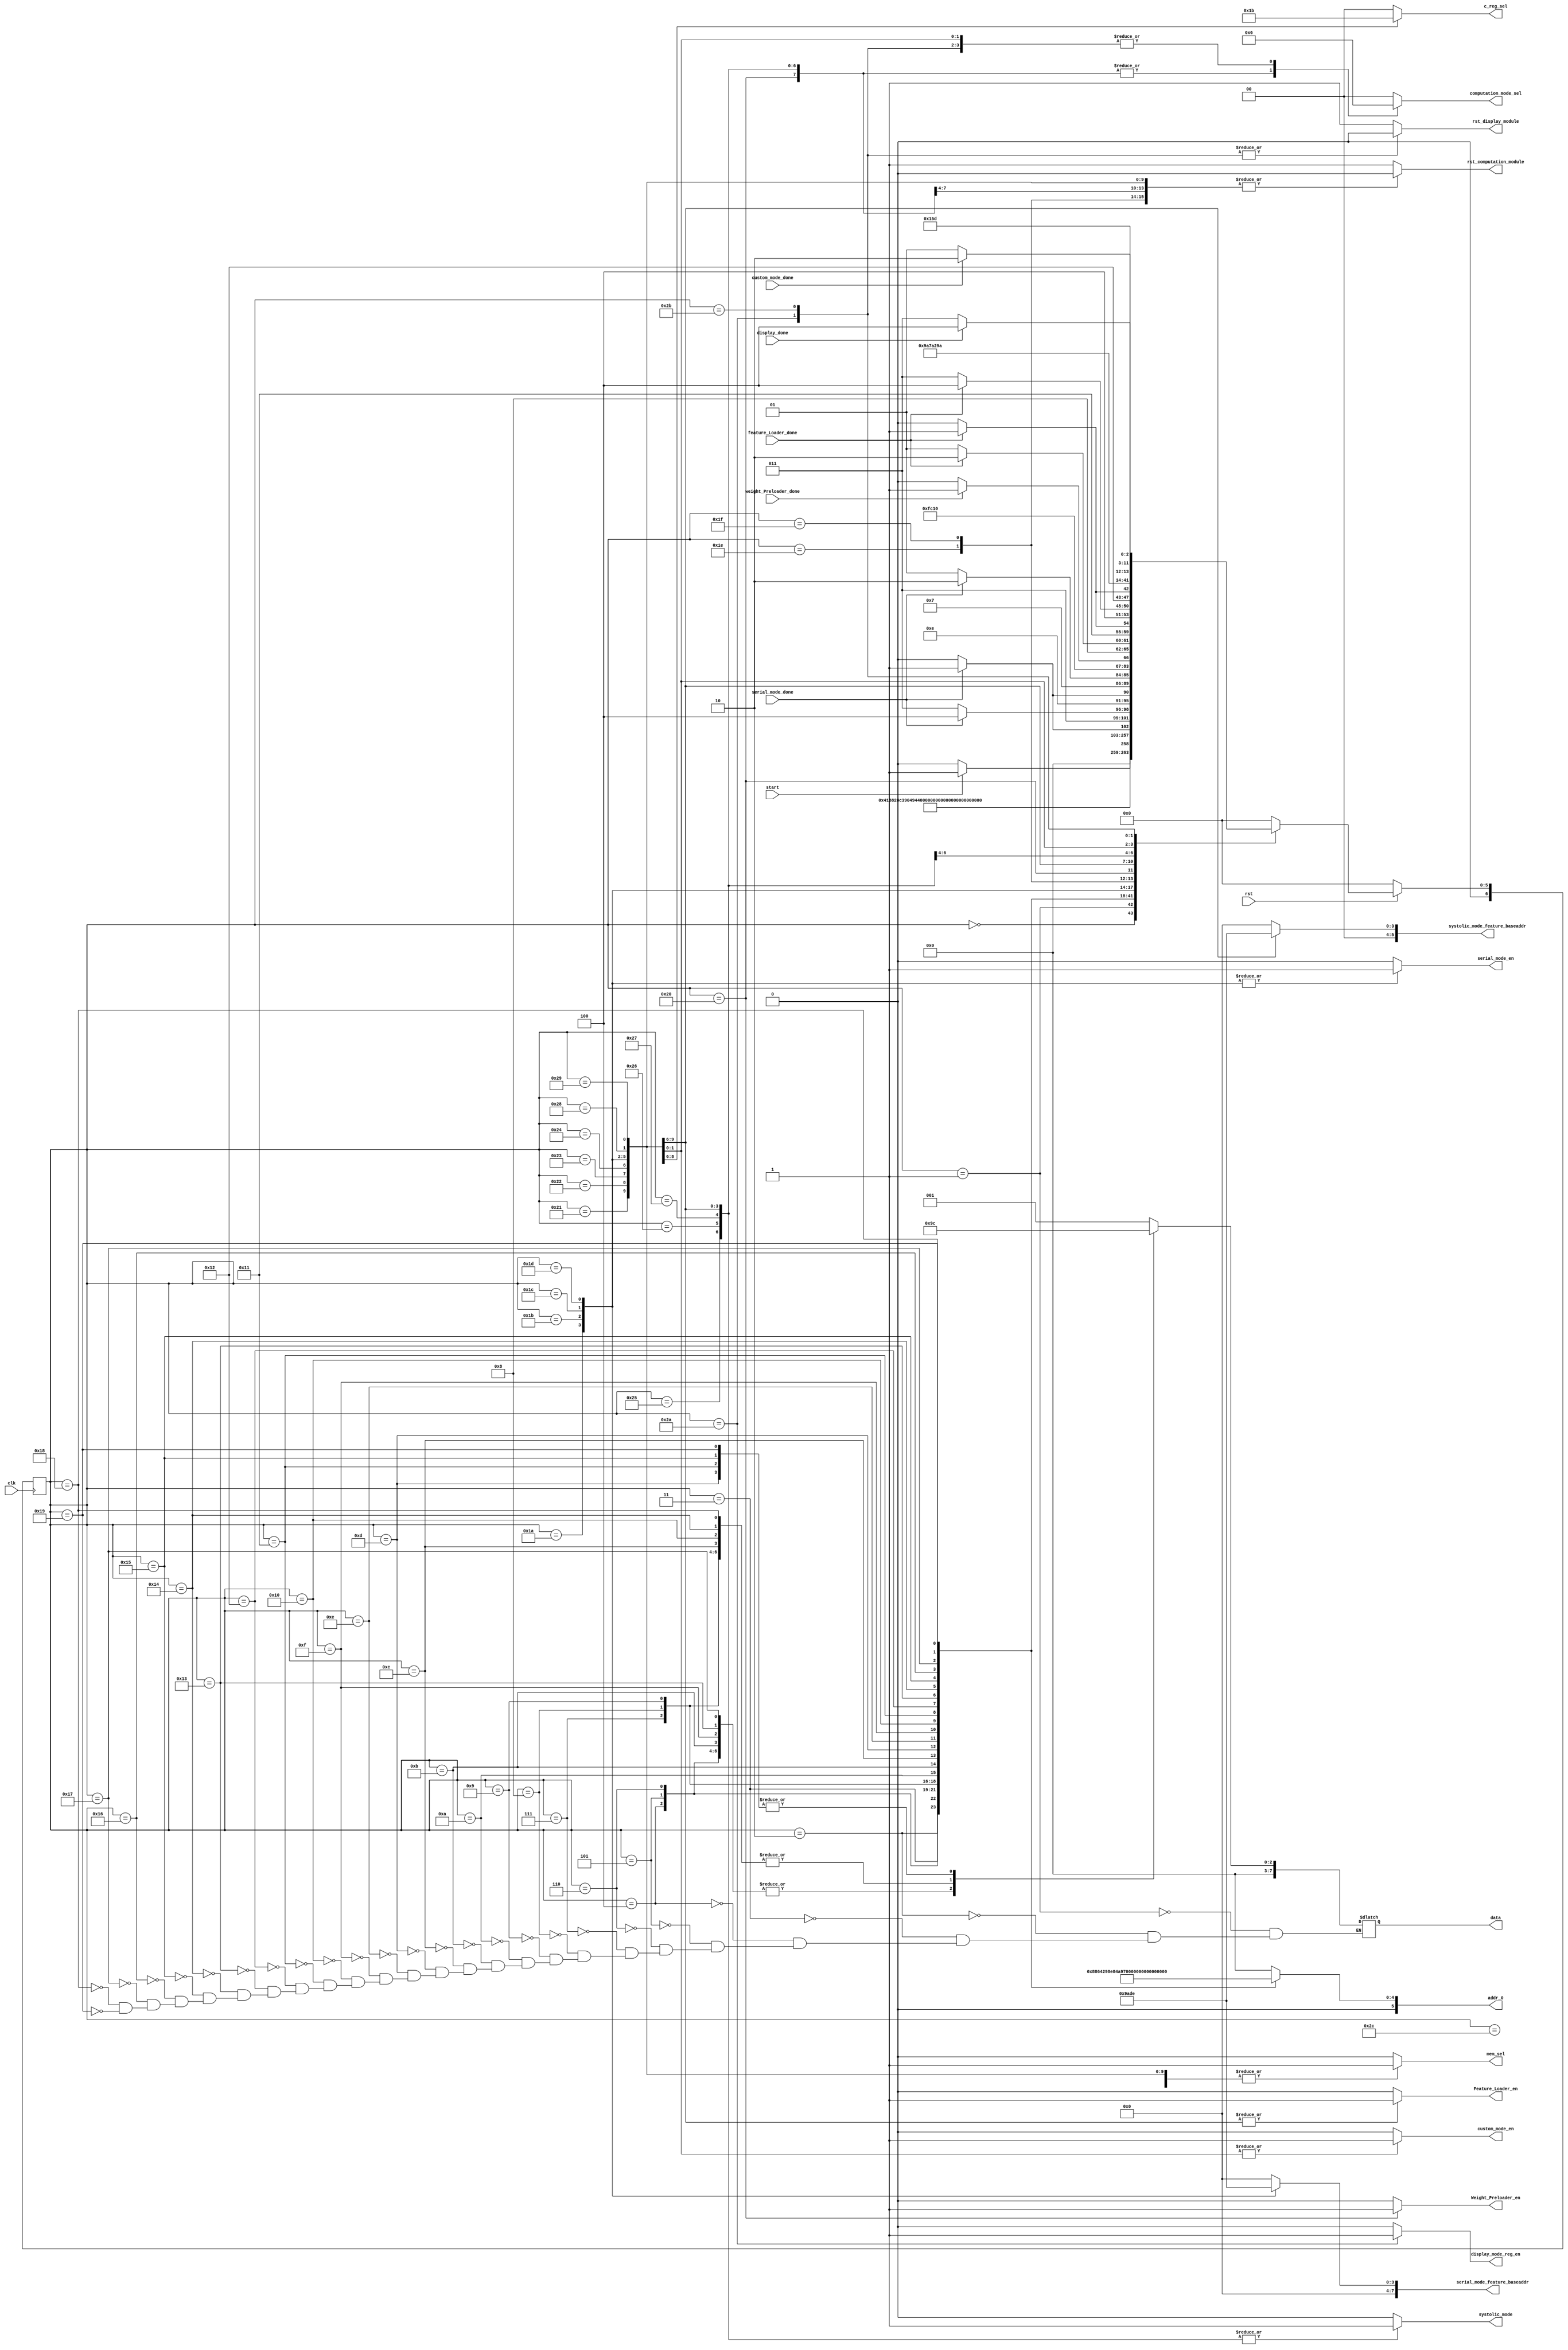
module Controller(
    input   clk,
    input   rst,
    input   start,  // start overall flow(initialize memory -> serial -> systolic -> custom -> display)
    
    // done signal
    input   serial_mode_done,
    input   weight_Preloader_done,
    input   feature_Loader_done,
    input   custom_mode_done,
    input   display_done,

    // rst signal
    output reg rst_computation_module,
    output reg rst_display_module,
    
    // data & addr 
    output reg [7:0] data,
    output reg [5:0] addr_0,

    // mem selct signal(controller || computation)
    output reg mem_sel, 
    
    // base address(refer serial&systolic data_loader report)
    output reg [7:0] serial_mode_feature_baseaddr,
    output reg [5:0] systolic_mode_feature_baseaddr,
    
    // enable select signal
    output reg serial_mode_en,
    output reg Weight_Preloader_en,
    output reg Feature_Loader_en,
    output reg custom_mode_en,
    output reg systolic_mode,   // weight perload or feature load
    output reg [1:0] c_reg_sel, // select c11 or c12 or c21 or c22 to store result
    output reg [1:0] computation_mode_sel,
    output reg display_mode_reg_en

);
    // input feature & weight value
    // (if you need checking activation with other user own value, modify these)
    
    // initialize feature input
    parameter a11 = 8'b0000_0001, a12 = 8'b0000_0010, a13 = 8'b0000_0011, a14 = 8'b0000_0100;
    parameter a21 = 8'b0000_0001, a22 = 8'b0000_0010, a23 = 8'b0000_0011, a24 = 8'b0000_0100;
    parameter a31 = 8'b0000_0001, a32 = 8'b0000_0010, a33 = 8'b0000_0011, a34 = 8'b0000_0100;
    parameter a41 = 8'b0000_0001, a42 = 8'b0000_0010, a43 = 8'b0000_0011, a44 = 8'b0000_0100;
    
    // initialize weight input
    parameter b11 = 8'b0000_0001, b12 = 8'b0000_0010, b13 = 8'b0000_0011;
    parameter b21 = 8'b0000_0001, b22 = 8'b0000_0010, b23 = 8'b0000_0011;
    parameter b31 = 8'b0000_0001, b32 = 8'b0000_0010, b33 = 8'b0000_0011;

    // state parameter 
    parameter S_RESET                           = 6'b00_0000;
    parameter S_MEM_INIT_0                      = 6'b00_0001;
    parameter S_MEM_INIT_1                      = 6'b00_0010;
    parameter S_MEM_INIT_2                      = 6'b00_0011;
    parameter S_MEM_INIT_3                      = 6'b00_0100;
    parameter S_MEM_INIT_4                      = 6'b00_0101;
    parameter S_MEM_INIT_5                      = 6'b00_0110;
    parameter S_MEM_INIT_6                      = 6'b00_0111;
    parameter S_MEM_INIT_7                      = 6'b00_1000;
    parameter S_MEM_INIT_8                      = 6'b00_1001;
    parameter S_MEM_INIT_9                      = 6'b00_1010;
    parameter S_MEM_INIT_10                     = 6'b00_1011;
    parameter S_MEM_INIT_11                     = 6'b00_1100;
    parameter S_MEM_INIT_12                     = 6'b00_1101;
    parameter S_MEM_INIT_13                     = 6'b00_1110;
    parameter S_MEM_INIT_14                     = 6'b00_1111;
    parameter S_MEM_INIT_15                     = 6'b01_0000;
    parameter S_MEM_INIT_16                     = 6'b01_0001;
    parameter S_MEM_INIT_17                     = 6'b01_0010;
    parameter S_MEM_INIT_18                     = 6'b01_0011;
    parameter S_MEM_INIT_19                     = 6'b01_0100;
    parameter S_MEM_INIT_20                     = 6'b01_0101;
    parameter S_MEM_INIT_21                     = 6'b01_0110;
    parameter S_MEM_INIT_22                     = 6'b01_0111;
    parameter S_MEM_INIT_23                     = 6'b01_1000;
    parameter S_MEM_INIT_24                     = 6'b01_1001;

    parameter S_SERIAL_MODE_STRIDE_1            = 6'b01_1010;
    parameter S_SERIAL_MODE_STRIDE_2            = 6'b01_1011;
    parameter S_SERIAL_MODE_STRIDE_3            = 6'b01_1100;
    parameter S_SERIAL_MODE_STRIDE_4            = 6'b01_1101;
    parameter S_SERIAL_MODE_WAIT                = 6'b01_1110;
    parameter S_SERIAL_MODE_DONE                = 6'b01_1111;

    parameter S_SYSTOLIC_MODE_WEIGHT_PRELOAD    = 6'b10_0000;
    parameter S_SYSTOLIC_MODE_STRIDE_1          = 6'b10_0001;
    parameter S_SYSTOLIC_MODE_STRIDE_2          = 6'b10_0010;
    parameter S_SYSTOLIC_MODE_STRIDE_3          = 6'b10_0011;
    parameter S_SYSTOLIC_MODE_STRIDE_4          = 6'b10_0100;
    parameter S_SYSTOLIC_MODE_WAIT_1            = 6'b10_0101;
    parameter S_SYSTOLIC_MODE_WAIT_2            = 6'b10_0110;
    parameter S_SYSTOLIC_MODE_WAIT_3            = 6'b10_0111;
    parameter S_SYSTOLIC_MODE_DONE              = 6'b10_1000;

    parameter S_CUSTOM_MODE_EN                  = 6'b10_1001;
    parameter S_CUSTOM_MODE_DONE                = 6'b10_1010;

    parameter S_DISPLAY_MODE_EN                 = 6'b10_1011;
    parameter S_DISPLAY_MODE_DONE               = 6'b10_1100;


    reg [6:0] next_state;
    reg [6:0] current_state;

    
    // state update
    always @(posedge clk) begin
        if(rst == 0) begin
            current_state <= S_RESET;
        end else begin
            current_state <= next_state;
        end
    end

    
    // declare next state
    always @(*) begin
        next_state = S_RESET;
        case(current_state)
            
            // reset overall module
            S_RESET         :   if(start)
                                    next_state = S_MEM_INIT_0;
                                else
                                    next_state = S_RESET;
            
            // memroy initialize
            S_MEM_INIT_0    :   next_state = S_MEM_INIT_1;
            S_MEM_INIT_1    :   next_state = S_MEM_INIT_2;
            S_MEM_INIT_2    :   next_state = S_MEM_INIT_3;
            S_MEM_INIT_3    :   next_state = S_MEM_INIT_4;
            S_MEM_INIT_4    :   next_state = S_MEM_INIT_5;
            S_MEM_INIT_5    :   next_state = S_MEM_INIT_6;
            S_MEM_INIT_6    :   next_state = S_MEM_INIT_7;
            S_MEM_INIT_7    :   next_state = S_MEM_INIT_8;
            S_MEM_INIT_8    :   next_state = S_MEM_INIT_9;
            S_MEM_INIT_9    :   next_state = S_MEM_INIT_10;
            S_MEM_INIT_10   :   next_state = S_MEM_INIT_11;
            S_MEM_INIT_11   :   next_state = S_MEM_INIT_12;
            S_MEM_INIT_12   :   next_state = S_MEM_INIT_13;
            S_MEM_INIT_13   :   next_state = S_MEM_INIT_14;
            S_MEM_INIT_14   :   next_state = S_MEM_INIT_15;
            S_MEM_INIT_15   :   next_state = S_MEM_INIT_16;
            S_MEM_INIT_16   :   next_state = S_MEM_INIT_17;
            S_MEM_INIT_17   :   next_state = S_MEM_INIT_18;
            S_MEM_INIT_18   :   next_state = S_MEM_INIT_19;
            S_MEM_INIT_19   :   next_state = S_MEM_INIT_20;
            S_MEM_INIT_20   :   next_state = S_MEM_INIT_21;
            S_MEM_INIT_21   :   next_state = S_MEM_INIT_22;
            S_MEM_INIT_22   :   next_state = S_MEM_INIT_23;
            S_MEM_INIT_23   :   next_state = S_MEM_INIT_24;
            S_MEM_INIT_24   :   next_state = S_SERIAL_MODE_STRIDE_1;  // initilize done(init -> serial)


            // serial stride start
            S_SERIAL_MODE_STRIDE_1  :   if(serial_mode_done)
                                            next_state = S_SERIAL_MODE_STRIDE_2;
                                        else
                                            next_state = S_SERIAL_MODE_STRIDE_1;
            S_SERIAL_MODE_STRIDE_2  :   if(serial_mode_done)
                                            next_state = S_SERIAL_MODE_STRIDE_3;
                                        else
                                            next_state = S_SERIAL_MODE_STRIDE_2;
            S_SERIAL_MODE_STRIDE_3  :   if(serial_mode_done)
                                            next_state = S_SERIAL_MODE_STRIDE_4;
                                        else
                                            next_state = S_SERIAL_MODE_STRIDE_3;   
            S_SERIAL_MODE_STRIDE_4  :   if(serial_mode_done)
                                            next_state = S_SERIAL_MODE_WAIT;
                                        else
                                            next_state = S_SERIAL_MODE_STRIDE_4;
            
            // serial mode wait for weight reset in PE
            S_SERIAL_MODE_WAIT      :  next_state = S_SERIAL_MODE_DONE;
            
            // serial mode done(serial -> systolic)
            S_SERIAL_MODE_DONE      :  next_state = S_SYSTOLIC_MODE_WEIGHT_PRELOAD;


            // weight preload in systolic module
            S_SYSTOLIC_MODE_WEIGHT_PRELOAD  : 
                                            if(weight_Preloader_done)
                                                next_state = S_SYSTOLIC_MODE_STRIDE_1;
                                            else
                                                next_state = S_SYSTOLIC_MODE_WEIGHT_PRELOAD;
            S_SYSTOLIC_MODE_STRIDE_1: 
                                            if(feature_Loader_done)
                                                next_state = S_SYSTOLIC_MODE_STRIDE_2;
                                            else
                                                next_state = S_SYSTOLIC_MODE_STRIDE_1;
            S_SYSTOLIC_MODE_STRIDE_2          : 
                                            if(feature_Loader_done)
                                                next_state = S_SYSTOLIC_MODE_STRIDE_3;
                                            else
                                                next_state = S_SYSTOLIC_MODE_STRIDE_2;
            S_SYSTOLIC_MODE_STRIDE_3          : 
                                            if(feature_Loader_done)
                                                next_state = S_SYSTOLIC_MODE_STRIDE_4;
                                            else
                                                next_state = S_SYSTOLIC_MODE_STRIDE_3;
            S_SYSTOLIC_MODE_STRIDE_4          : 
                                            if(feature_Loader_done)
                                                next_state = S_SYSTOLIC_MODE_WAIT_1;
                                            else
                                                next_state = S_SYSTOLIC_MODE_STRIDE_4;
            
            
            // systolic wait state(systolic need 3cycle delay for finish all computation)
            S_SYSTOLIC_MODE_WAIT_1            : next_state = S_SYSTOLIC_MODE_WAIT_2;
            S_SYSTOLIC_MODE_WAIT_2            : next_state = S_SYSTOLIC_MODE_WAIT_3;
            S_SYSTOLIC_MODE_WAIT_3            : next_state = S_SYSTOLIC_MODE_DONE;
            S_SYSTOLIC_MODE_DONE              : next_state = S_CUSTOM_MODE_EN;  // systolic finsih(systolic -> custom)
            
            // custom mode start
            // In this module, we used data_loader concept. If you need to know each cycle control signal, 
            // please refer custom_doc file in /TOP_DIRECTORY/FINAL_2/Custom/Custom_Doc/Custom_CNN_TOP_Control/sig.txt
            // Explanation of each signal, please refer report 
            S_CUSTOM_MODE_EN                  : 
                                                if(custom_mode_done)
                                                    next_state = S_CUSTOM_MODE_DONE;
                                                else
                                                    next_state = S_CUSTOM_MODE_EN;
            
            S_CUSTOM_MODE_DONE                : next_state = S_DISPLAY_MODE_EN; // custom finish(custom -> display)


            // display start
            S_DISPLAY_MODE_EN               : 
                                                if(display_done)
                                                    next_state = S_DISPLAY_MODE_DONE;
                                                else
                                                    next_state = S_DISPLAY_MODE_EN;
            
            S_DISPLAY_MODE_DONE             : next_state = S_RESET;


        endcase
    end


    // fsm output(decided only by state) -> moore machine
    always @(*) begin
    
        // exception value(default for preventing latch)
        rst_computation_module          = 1'b1;
        rst_display_module              = 1'b1;
        addr_0                          = 6'b0;
        mem_sel                         = 0;
        serial_mode_feature_baseaddr    = 8'b0;
        systolic_mode_feature_baseaddr  = 6'b0;
        serial_mode_en                  = 1'b0;
        Weight_Preloader_en             = 1'b0;
        Feature_Loader_en               = 1'b0;
        systolic_mode                   = 1'b0;
        c_reg_sel                       = 2'b00;
        computation_mode_sel            = 2'b00;
        display_mode_reg_en             = 1'b0;
        custom_mode_en                  = 1'b0;
        
        case(current_state)
            S_RESET         :   begin
                                    rst_computation_module          = 1'b1;
                                    rst_display_module              = 1'b1;
                                    addr_0                          = 6'b0;
                                    mem_sel                         = 0;
                                    serial_mode_feature_baseaddr    = 8'b0;
                                    systolic_mode_feature_baseaddr  = 6'b0;
                                    serial_mode_en                  = 1'b0;
                                    Weight_Preloader_en             = 1'b0;
                                    Feature_Loader_en               = 1'b0;
                                    systolic_mode                   = 1'b0;
                                    c_reg_sel                       = 2'b00;
                                    computation_mode_sel            = 2'b00;
                                    display_mode_reg_en             = 1'b0;
                                    custom_mode_en                  = 1'b0;
                                end

            // mem initialize
            S_MEM_INIT_0    :   begin
                                    addr_0  = 6'b00_0000;
                                    data    = b11;
                                end
                                
            S_MEM_INIT_1    :   begin
                                    addr_0  = 6'b00_0001;
                                    data    = b21;
                                end
                                
            S_MEM_INIT_2    :   begin
                                    addr_0  = 6'b00_0010;
                                    data    = b31;
                                end
                                
            S_MEM_INIT_3    :   begin
                                    addr_0  = 6'b00_0011;
                                    data    = b12;
                                end
                                
            S_MEM_INIT_4    :   begin
                                    addr_0  = 6'b00_0100;
                                    data    = b22;
                                end
                                
            S_MEM_INIT_5    :   begin
                                    addr_0  = 6'b00_0101;
                                    data    = b32;
                                end
                                
            S_MEM_INIT_6    :   begin
                                    addr_0  = 6'b00_0110;
                                    data    = b13;
                                end
                                
            S_MEM_INIT_7    :   begin
                                    addr_0  = 6'b00_0111;
                                    data    = b23;
                                end
                                
            S_MEM_INIT_8    :   begin
                                    addr_0  = 6'b00_1000;
                                    data    = b33;
                                end
                                
            S_MEM_INIT_9    :   begin
                                    addr_0  = 6'b00_1001;
                                    data    = a11;
                                end
            S_MEM_INIT_10    :   begin
                                    addr_0  = 6'b00_1010;
                                    data    = a12;
                                end
            S_MEM_INIT_11    :   begin
                                    addr_0  = 6'b00_1011;
                                    data    = a13;
                                end
            S_MEM_INIT_12    :   begin
                                    addr_0  = 6'b00_1100;
                                    data    = a14;
                                end
            S_MEM_INIT_13    :   begin
                                    addr_0  = 6'b00_1101;
                                    data    = a21;
                                end
            S_MEM_INIT_14    :   begin
                                    addr_0  = 6'b00_1110;
                                    data    = a22;
                                end
            S_MEM_INIT_15    :   begin
                                    addr_0  = 6'b00_1111;
                                    data    = a23;
                                end
            S_MEM_INIT_16    :   begin
                                    addr_0  = 6'b01_0000;
                                    data    = a24;
                                end
            S_MEM_INIT_17    :   begin
                                    addr_0  = 6'b01_0001;
                                    data    = a31;
                                end
            S_MEM_INIT_18    :   begin
                                    addr_0  = 6'b01_0010;
                                    data    = a32;
                                end
            S_MEM_INIT_19    :   begin
                                    addr_0  = 6'b01_0011;
                                    data    = a33;
                                end   
            S_MEM_INIT_20    :   begin
                                    addr_0  = 6'b01_0100;
                                    data    = a34;
                                end
            S_MEM_INIT_21    :   begin
                                    addr_0  = 6'b01_0101;
                                    data    = a41;
                                end            
            S_MEM_INIT_22    :   begin
                                    addr_0  = 6'b01_0110;
                                    data    = a42;
                                end
            S_MEM_INIT_23    :   begin
                                    addr_0  = 6'b01_0111;
                                    data    = a43;
                                end
            S_MEM_INIT_24    :   begin
                                    addr_0  = 6'b01_1000;
                                    data    = a44;
                                    rst_computation_module = 1'b0;
                                end

            // serial
            S_SERIAL_MODE_STRIDE_1  :   begin
                                            rst_computation_module = 1'b0;
                                            mem_sel = 1'b1;
                                            serial_mode_en = 1'b1;
                                            computation_mode_sel = 2'b00;
                                            serial_mode_feature_baseaddr = 6'b00_1001;
                                        end
            S_SERIAL_MODE_STRIDE_2  :   begin
                                            rst_computation_module = 1'b0;
                                            mem_sel = 1'b1;
                                            serial_mode_en = 1'b1;
                                            computation_mode_sel = 2'b00;
                                            serial_mode_feature_baseaddr = 6'b00_1010;
                                        end
                                            
            S_SERIAL_MODE_STRIDE_3  :   begin
                                            rst_computation_module = 1'b0;
                                            mem_sel = 1'b1;
                                            serial_mode_en = 1'b1;
                                            computation_mode_sel = 2'b00;
                                            serial_mode_feature_baseaddr = 6'b00_1101;
                                        end
                                        
            S_SERIAL_MODE_STRIDE_4  :   begin
                                            rst_computation_module = 1'b0;
                                            mem_sel = 1'b1;
                                            serial_mode_en = 1'b1;
                                            computation_mode_sel = 2'b00;
                                            serial_mode_feature_baseaddr = 6'b00_1110;
                                        end  
            S_SERIAL_MODE_WAIT      :   begin
                                            rst_computation_module = 1'b0;
                                            mem_sel = 1'b1;
                                            serial_mode_en = 1'b0;
                                            computation_mode_sel = 2'b00;
                                        end
            S_SERIAL_MODE_DONE      :   begin
                                            rst_computation_module = 1'b0;
                                            mem_sel = 1'b1;
                                            serial_mode_en = 1'b0;
                                            computation_mode_sel = 2'b00;
                                        end
                                    

            // systolic
            S_SYSTOLIC_MODE_WEIGHT_PRELOAD  :   begin
                                                    mem_sel = 1'b1;
                                                    rst_computation_module = 1'b0;
                                                    computation_mode_sel = 2'b01;
                                                    Weight_Preloader_en = 1'b1;
                                                    systolic_mode = 1'b0;
                                                end 
            S_SYSTOLIC_MODE_STRIDE_1          : begin
                                                    mem_sel = 1'b1;
                                                    rst_computation_module = 1'b0;
                                                    computation_mode_sel = 2'b01;
                                                    Weight_Preloader_en = 1'b0;
                                                    Feature_Loader_en = 1'b1;
                                                    systolic_mode = 1'b1;
                                                    systolic_mode_feature_baseaddr = 6'b00_1001;
                                                    c_reg_sel = 2'b00;
                                                end
            S_SYSTOLIC_MODE_STRIDE_2          : begin
                                                    mem_sel = 1'b1;
                                                    rst_computation_module = 1'b0;
                                                    computation_mode_sel = 2'b01;
                                                    Weight_Preloader_en = 1'b0;
                                                    Feature_Loader_en = 1'b1;
                                                    systolic_mode = 1'b1;
                                                    systolic_mode_feature_baseaddr = 6'b00_1010;
                                                    c_reg_sel = 2'b01;
                                                end
                                                
            S_SYSTOLIC_MODE_STRIDE_3          : begin
                                                    mem_sel = 1'b1;
                                                    rst_computation_module = 1'b0;
                                                    computation_mode_sel = 2'b01;
                                                    Weight_Preloader_en = 1'b0;
                                                    Feature_Loader_en = 1'b1;
                                                    systolic_mode = 1'b1;
                                                    systolic_mode_feature_baseaddr = 6'b00_1101;
                                                    c_reg_sel = 2'b10;
                                                end
            S_SYSTOLIC_MODE_STRIDE_4          : begin
                                                    mem_sel = 1'b1;
                                                    rst_computation_module = 1'b0;
                                                    computation_mode_sel = 2'b01;
                                                    Weight_Preloader_en = 1'b0;
                                                    Feature_Loader_en = 1'b1;
                                                    systolic_mode = 1'b1;
                                                    systolic_mode_feature_baseaddr = 6'b00_1110;
                                                    c_reg_sel = 2'b11;
                                                end
            S_SYSTOLIC_MODE_WAIT_1            : begin
                                                    mem_sel = 1'b1;
                                                    rst_computation_module = 1'b0;
                                                    computation_mode_sel = 2'b01;
                                                    Weight_Preloader_en = 1'b0;
                                                    Feature_Loader_en = 1'b0;
                                                    systolic_mode = 1'b1;
                                                end
                                                
            S_SYSTOLIC_MODE_WAIT_2            : begin 
                                                    mem_sel = 1'b1;
                                                    rst_computation_module = 1'b0;
                                                    computation_mode_sel = 2'b01;
                                                    Weight_Preloader_en = 1'b0;
                                                    Feature_Loader_en = 1'b0;
                                                    systolic_mode = 1'b1;
                                                end
            S_SYSTOLIC_MODE_WAIT_3            : begin
                                                    mem_sel = 1'b1;
                                                    rst_computation_module = 1'b0;
                                                    computation_mode_sel = 2'b01;
                                                    Weight_Preloader_en = 1'b0;
                                                    Feature_Loader_en = 1'b0;
                                                    systolic_mode = 1'b1;
                                                end
                                                
            S_SYSTOLIC_MODE_DONE              : begin
                                                    mem_sel = 1'b1;
                                                    rst_computation_module = 1'b0;
                                                    computation_mode_sel    = 2'b10;
                                                    custom_mode_en          = 1'b1;
                                                end

            // custom
            S_CUSTOM_MODE_EN                  : begin
                                                    mem_sel = 1'b1;
                                                    rst_computation_module  = 1'b0;
                                                    computation_mode_sel    = 2'b10;
                                                    custom_mode_en          = 1'b1;
                                                end
            S_CUSTOM_MODE_DONE                : begin
                                                    mem_sel = 1'b1;
                                                    rst_computation_module  = 1'b1;
                                                    computation_mode_sel    = 2'b10;
                                                    custom_mode_en          = 1'b0;
                                                    rst_display_module = 1'b0;
                                                    display_mode_reg_en = 1'b1;
                                                end
            
            // display
            S_DISPLAY_MODE_EN               : begin
                                                    mem_sel = 1'b1;
                                                    rst_computation_module  = 1'b1;
                                                    computation_mode_sel    = 2'b10;
                                                    rst_display_module = 1'b0;
                                                    display_mode_reg_en = 1'b0;
                                                end
            S_DISPLAY_MODE_DONE               : begin
                                                    mem_sel = 1'b1;
                                                    rst_display_module = 1'b1;
                                                    display_mode_reg_en = 1'b0;
                                                end
        endcase
    end

endmodule